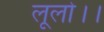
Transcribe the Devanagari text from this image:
लूलो।।